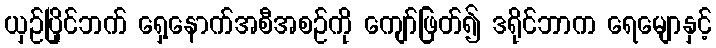
ယှဉ်ပြိုင်ဘက် ရှေ့နောက်အစီအစဉ်ကို ကျော်ဖြတ်၍ ဒရိုင်ဘာက ရေမျောနှင့်